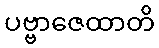
ပဗ္ဗာဇေထာတိ